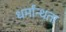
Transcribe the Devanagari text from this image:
धर्मांन्धता